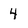
Character: 4